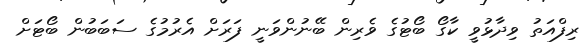
ރިފްއަތު ވިދާޅުވީ ކާގޯ ބޯޓުގެ ވެރިން ބޭނުންވަނީ ފަރަށް އެރުމުގެ ސަބަބުން ބޯޓަށް